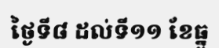
ថ្ងៃទី៨ ដល់ទី១១ ខែធ្នូ